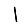
Digit: 1